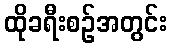
ထိုခရီးစဉ်အတွင်း